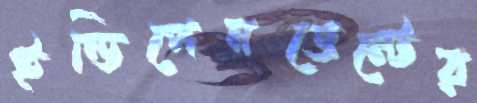
ইন্ডিপেনডেন্টের